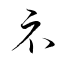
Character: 示